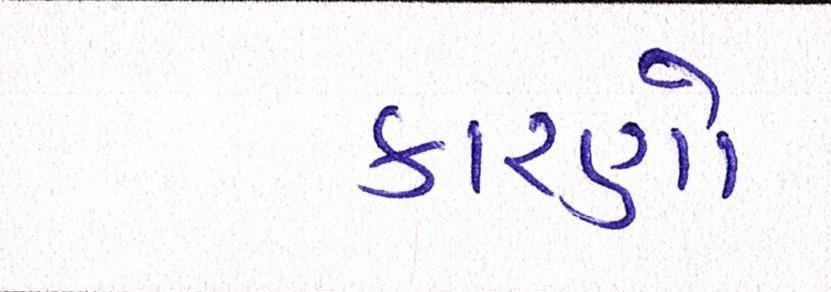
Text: કારણો